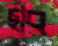
ছাব